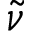
\tilde { \nu }